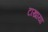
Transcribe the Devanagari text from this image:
टाखाया